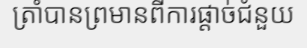
ត្រាំបានព្រមានពីការផ្តាច់ជំនួយ